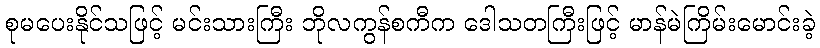
စုမပေးနိုင်သဖြင့် မင်းသားကြီး ဘိုလကွန်စကီက ဒေါသတကြီးဖြင့် မာန်မဲကြိမ်းမောင်းခဲ့